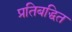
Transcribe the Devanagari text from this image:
प्रतिबद्धित